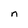
Character: n